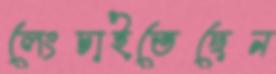
লেংচাইতেছেন